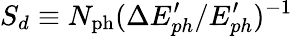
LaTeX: S_{d}\equiv N_{\mathrm{ph}}(\Delta E_{ph}^{\prime}/E_{ph}^{\prime})^{-1}